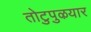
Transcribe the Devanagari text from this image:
तोटुपुऴयार